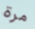
مرة